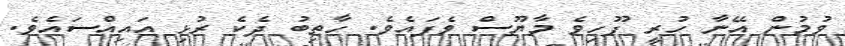
ވުމުން އޭނާ ހުރީ ފޫހިވެ މާޔޫސް ވެފައެވެ. ހާތިބު ދެކެ ރުޅި އައިއްސައެވެ.